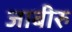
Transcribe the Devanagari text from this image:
जाबीरु